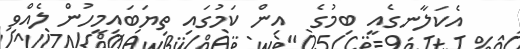
އެކަލާނގެއީ ބިމުގެ  އިން ކަމުގައި ތިޔަބައިމީހުން ލެއްވި